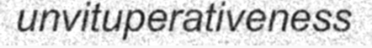
unvituperativeness